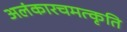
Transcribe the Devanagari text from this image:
अलंकारचमत्कृति